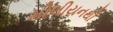
મીલીયનથી